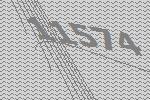
11574